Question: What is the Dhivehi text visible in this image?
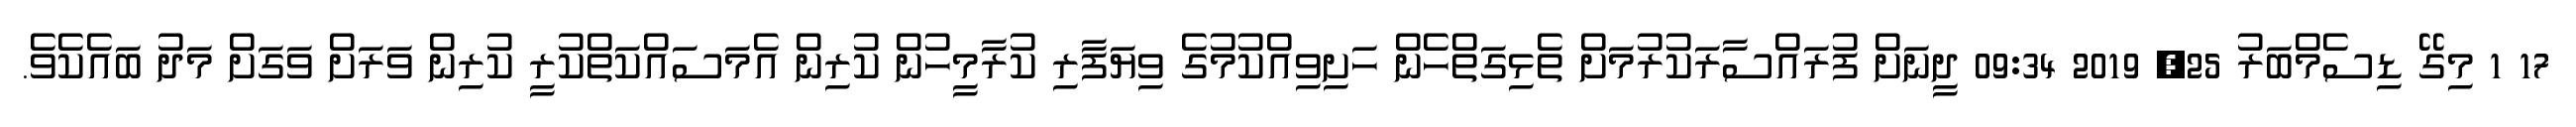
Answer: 17 1 މިގޭ ޑިސެމްބަރު 25, 2019 09:34 ދީނަށް ފުރައްސާރަކުރުމަށް ތެޅިގަތްހެން ހަށިވިއްކުމުގެ ވިޔަފާރި ކުރާމީހުން ކުރިން އެމަސައްކަތްކުރީ ކުރިން ވަރަށް ވަގަށް މަދު ބައެކެވެ.